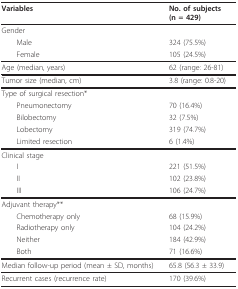
<table><thead><tr><td><b>Variables</b></td><td><b>No. of subjects (n = 429)</b></td></tr></thead><tbody><tr><td>Gender</td><td></td></tr><tr><td> Male</td><td>324 (75.5%)</td></tr><tr><td> Female</td><td>105 (24.5%)</td></tr><tr><td>Age (median, years)</td><td>62 (range: 26-81)</td></tr><tr><td>Tumor size (median, cm)</td><td>3.8 (range: 0.8-20)</td></tr><tr><td>Type of surgical resection*</td><td></td></tr><tr><td> Pneumonectomy</td><td>70 (16.4%)</td></tr><tr><td> Bilobectomy</td><td>32 (7.5%)</td></tr><tr><td> Lobectomy</td><td>319 (74.7%)</td></tr><tr><td> Limited resection</td><td>6 (1.4%)</td></tr><tr><td>Clinical stage</td><td></td></tr><tr><td> I</td><td>221 (51.5%)</td></tr><tr><td> II</td><td>102 (23.8%)</td></tr><tr><td> III</td><td>106 (24.7%)</td></tr><tr><td>Adjuvant therapy**</td><td></td></tr><tr><td> Chemotherapy only</td><td>68 (15.9%)</td></tr><tr><td> Radiotherapy only</td><td>104 (24.2%)</td></tr><tr><td> Neither</td><td>184 (42.9%)</td></tr><tr><td> Both</td><td>71 (16.6%)</td></tr><tr><td>Median follow-up period (mean ± SD, months)</td><td>65.8(56.3 ± 33.9)</td></tr><tr><td>Recurrent cases (recurrence rate)</td><td>170 (39.6%)</td></tr></tbody></table>